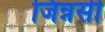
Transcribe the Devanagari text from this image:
जिन्नसी